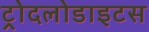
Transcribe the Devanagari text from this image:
ट्रोदलोडाइटस